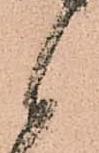
候